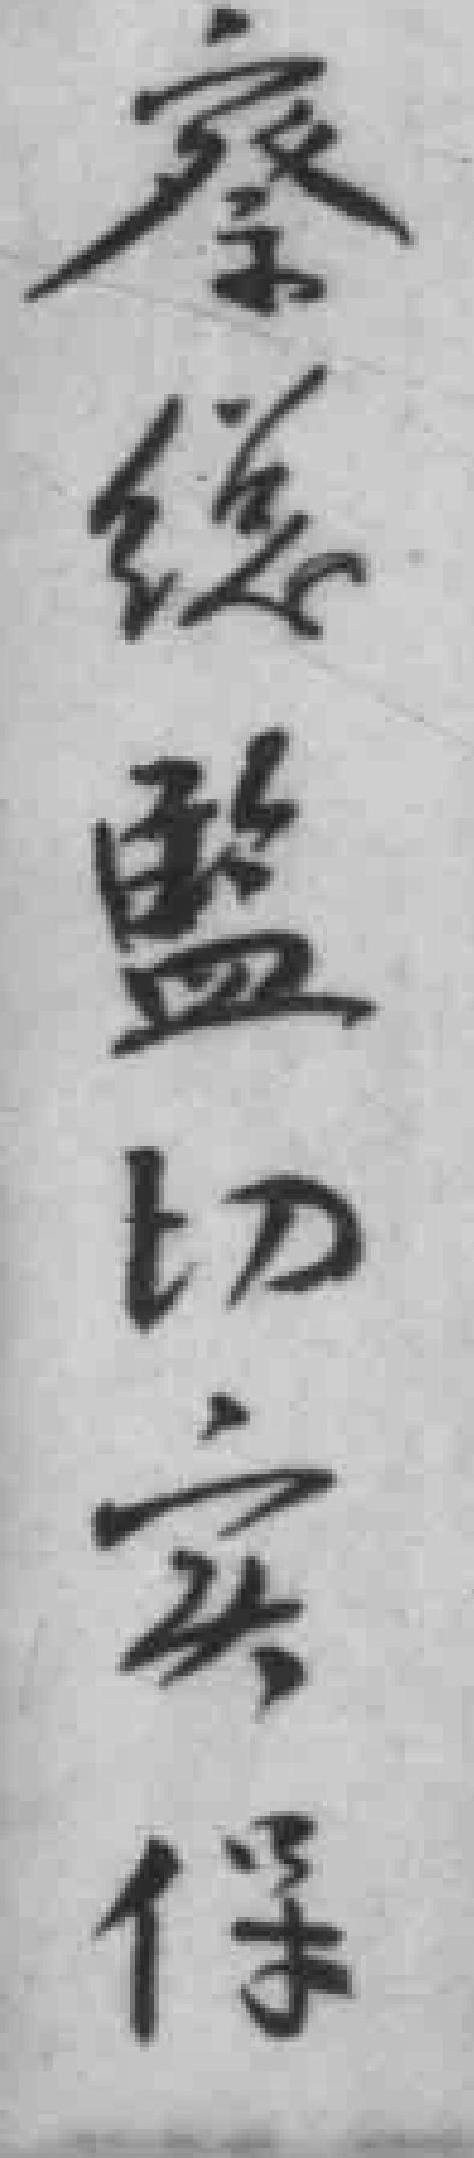
察總監切实保